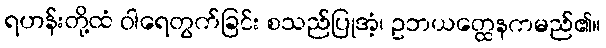
ရဟန်းတို့ထံ ဝါရေတွက်ခြင်း စသည်ပြုအံ့၊ ဥဘယတ္ထေနကမည်၏။